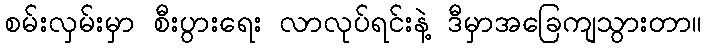
စမ်းလှမ်းမှာ စီးပွားရေး လာလုပ်ရင်းနဲ့ ဒီမှာအခြေကျသွားတာ။